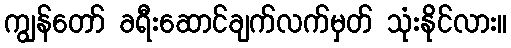
ကျွန်တော် ခရီးဆောင်ချက်လက်မှတ် သုံးနိုင်လား။